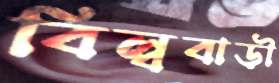
বিল্ববাড়ী